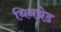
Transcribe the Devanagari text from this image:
थिनथ्रेड